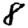
Digit: 8